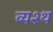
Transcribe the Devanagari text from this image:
व्यश्थ